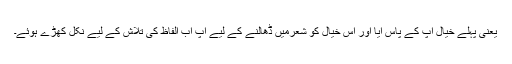
یعنی پہلے خیال آپ کے پاس آیا اور اس خیال کو شعرمیں ڈھالنے کے لیے آپ اب الفاظ کی تلاش کے لیے نکل کھڑے ہوئے۔